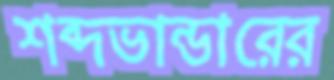
শব্দভান্ডারের